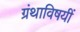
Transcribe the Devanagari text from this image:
ग्रंथाविषयीं